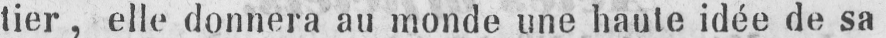
tier, elle donnera au monde une haute idée de sa